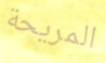
المريحة